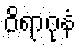
ဝိရာဂုနံ